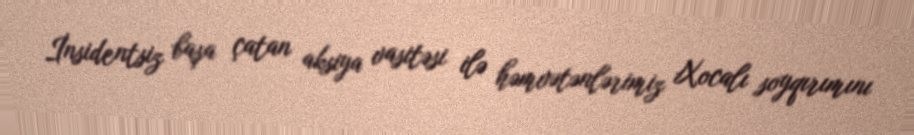
İnsidentsiz başa çatan aksiya vasitəsi ilə həmvətənlərimiz Xocalı soyqırımını